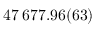
4 7 \, 6 7 7 . 9 6 ( 6 3 )